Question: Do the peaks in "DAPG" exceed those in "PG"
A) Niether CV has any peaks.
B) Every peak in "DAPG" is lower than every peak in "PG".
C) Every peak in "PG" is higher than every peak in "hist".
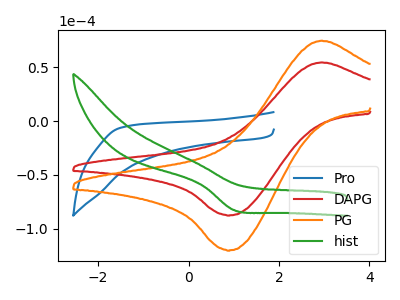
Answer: <think>The blue curve "Pro" has no peaks. The red curve "DAPG" has an anodic peak at (2.95V, 54.40uA) and a cathodic peak at (0.90V, -87.50uA). The orange curve "PG" has an anodic peak at (2.95V, 74.60uA) and a cathodic peak at (0.90V, -119.95uA). The green curve "hist" has a cathodic peak at: (1.00V, -82.55uA).</think>
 <answer>B) Every peak in "DAPG" is lower than every peak in "PG".</answer>
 <eval>B</eval>